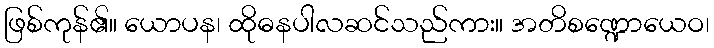
ဖြစ်ကုန်၏။ ယောပန၊ ထိုဓနပါလဆင်သည်ကား။ အတိစဏ္ဍောယေဝ၊